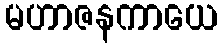
မဟာဇနကာယေ